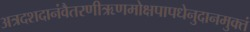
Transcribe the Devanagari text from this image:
अत्रदशदानंवैतरणीऋणमोक्षपापधेनुदानमुक्तं